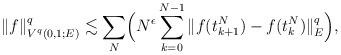
LaTeX: \begin{align*} \|f\|_{V^q(0,1;E)}^q \lesssim \sum_{N} \Bigl( N^\epsilon \sum_{k=0}^{N-1}\|f(t_{k+1}^N) - f(t_k^N)\|_E^q\Bigr), \end{align*}